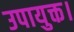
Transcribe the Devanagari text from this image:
उपायुक्त।